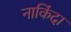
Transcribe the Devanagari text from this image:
नाकिंदा